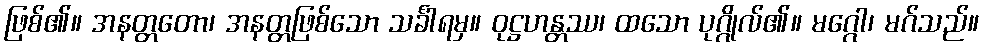
ဖြစ်၏။ အနတ္တတော၊ အနတ္တဖြစ်သော သင်္ခါရမှ။ ဝုဋ္ဌဟန္တဿ၊ ထသော ပုဂ္ဂိုလ်၏။ မဂ္ဂေါ၊ မဂ်သည်။